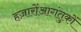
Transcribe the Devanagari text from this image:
हज़ारोंआगंतुकों